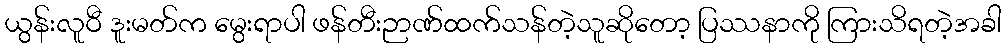
ယွန်းလူဝီ ဒူးမတ်က မွေးရာပါ ဖန်တီးဉာဏ်ထက်သန်တဲ့သူဆိုတော့ ပြဿနာကို ကြားသိရတဲ့အခါ